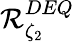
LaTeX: \mathcal{R}_{\zeta_{2}}^{DEQ}